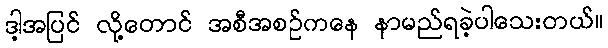
ဒါ့အပြင် လို့တောင် အစီအစဉ်ကနေ နာမည်ရခဲ့ပါသေးတယ်။